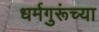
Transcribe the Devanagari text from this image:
धर्मगुरूंच्या